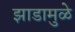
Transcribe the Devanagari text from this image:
झाडामुळे